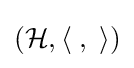
({\mathcal {H}},\langle \;,\;\rangle )